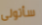
سأتولى